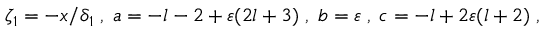
\zeta _ { 1 } = - x / \delta _ { 1 } \; , \; a = - l - 2 + \varepsilon ( 2 l + 3 ) \; , \; b = \varepsilon \; , \; c = - l + 2 \varepsilon ( l + 2 ) \; ,